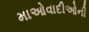
માઓવાદીઓની